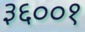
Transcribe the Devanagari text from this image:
३६००१